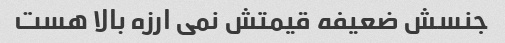
جنسش ضعیفه قیمتش نمی ارزه بالا هست